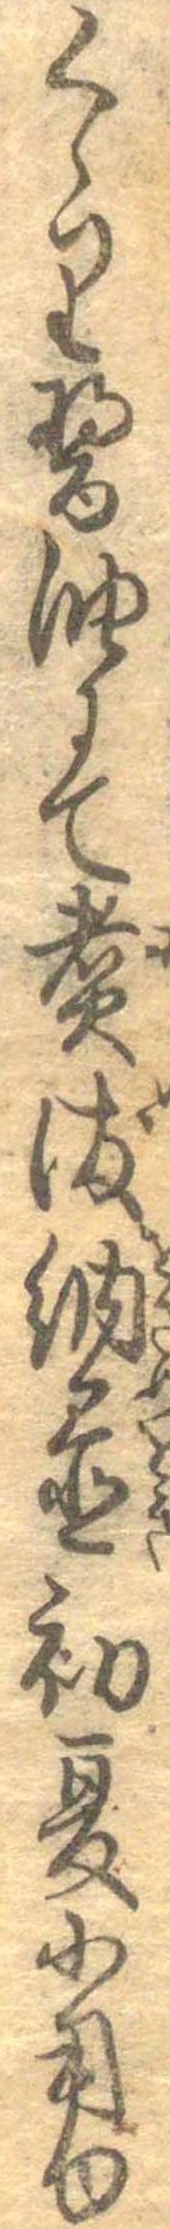
くゝり醤油にて煮染納置初夏に用ゆ